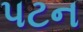
પટન